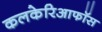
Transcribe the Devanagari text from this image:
कलकेरिआफॉस